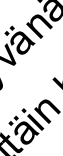
ä n